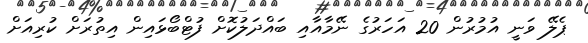
ޕެލޭ ވަނީ އުމުރުން 20 އަހަރުގެ ނޭމާއާއި ބައްދަލުކޮށް ފުޓްބޯޅައިން އިތުރަށް ކުރިއަށް